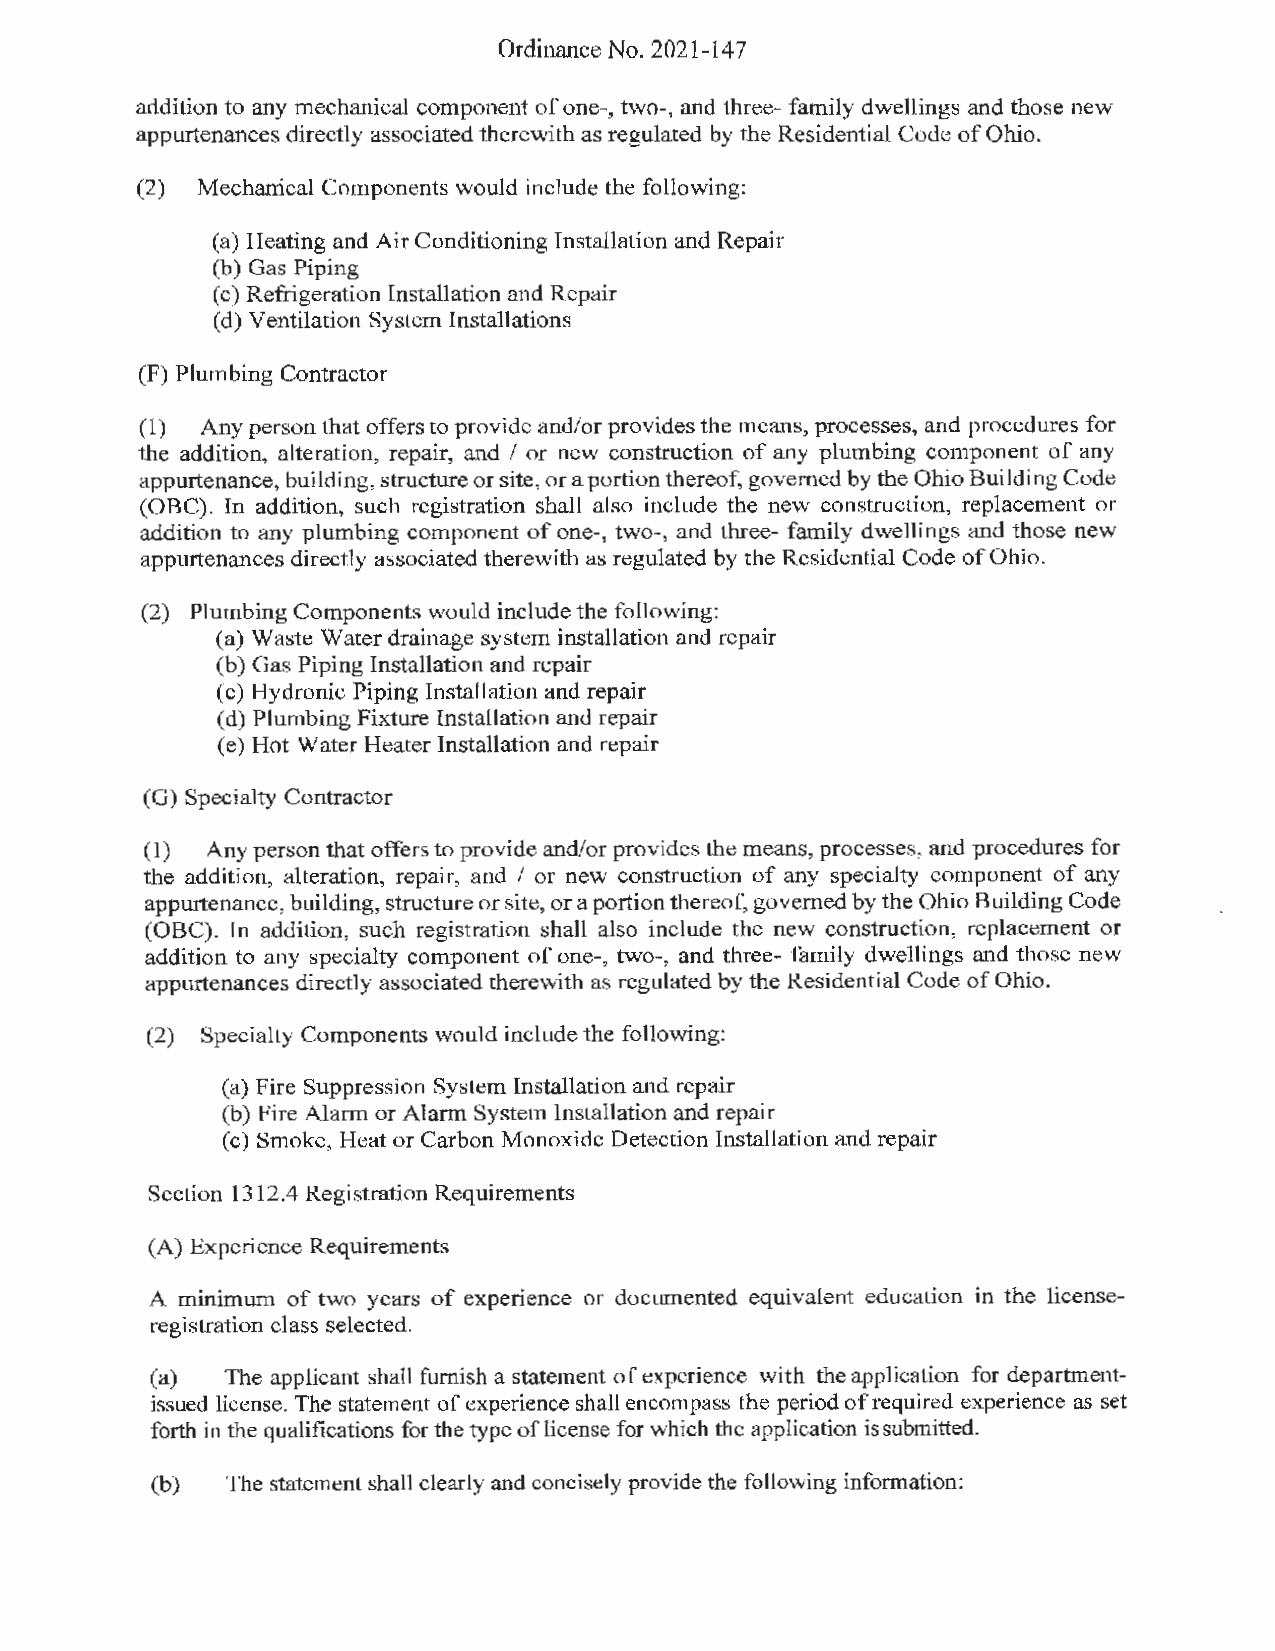
Ordinance No. 2021-147
 addition to any mechanical component of one-, two-, and three- family dwellings and those new
 appurtenances directly associated therewith as regulated by the Residential Code of Ohio.
 (2) Mechanical Components would include the following:
 (a) Heating and Air Conditioning Installation and Repair
 (b) Gas Piping
 (c) Refrigeration Installation and Repair
 ( d) Ventilation System Installations
 (F) Plumbing Contractor
 (1) Any person that offers to provide and/or provides the means, processes, and procedures for
 the addition, alteration, repair, and / or new construction of any plumbing component of any
 appurtenance, building, structure or site, or a portion thereof, governed by the Ohio Building Code
 (OBC). In addition, such registration shall also include the new construction, replacement or
 addition to any plumbing component of one-, two-, and three- family dwellings and those new
 appurtenances directly associated therewith as regulated by the Residential Code of Ohio.
 (2) Plumbing Components would include the following:
 (a) Waste Water drainage system installation and repair
 (b) Gas Piping Installation and repair
 (c) Hydronic Piping Installation and repair
 (d) Plumbing Fixture Installation and repair
 (e) Hot Water Heater Installation and repair
 (G) Specialty Contractor
 (1)  Any person that offers to provide and/or provides the means, processes, and procedures for
 the addition, alteration, repair, and / or new construction of any specialty component of any
 appurtenance, building, structure or site, or a portion thereof, governed by the Ohio Building Code
 (OBC). In addition, such registration shall also include the new construction, replacement or
 addition to any specialty component of one-, two-, and three- family dwellings and those new
 appurtenances directly associated therewith as regulated by the Residential Code of Ohio.
 (2) Specialty Components would include the following:
 (a) Fire Suppression System Installation and repair
 (b) Fire Alann or Alarm System Installation and repair
 (c) Smoke, Heat or Carbon Monoxide Detection Installation and repair
 Section 13 12.4 Registration Requirements
 (A) Experience Requirements
 A minimwn of two years of experience or documented equivalent education in the license
 registration class selected.
 (a)  The applicant shall furnish a statement of experience with the application for department
 issued license. The statement of experience shall encompass the period of required experience as set
 forth in the qualifications for the type of license for which the application is submitted.
 (b)  The statement shall clearly and concisely provide the following information: